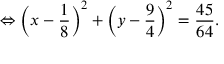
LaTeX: \Leftrightarrow \left( x - { \frac { 1 } { 8 } } \right) ^ { 2 } + \left( y - { \frac { 9 } { 4 } } \right) ^ { 2 } = { \frac { 4 5 } { 6 4 } } .